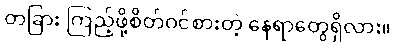
တခြား ကြည့်ဖို့စိတ်ဝင်စားတဲ့ နေရာတွေရှိလား။